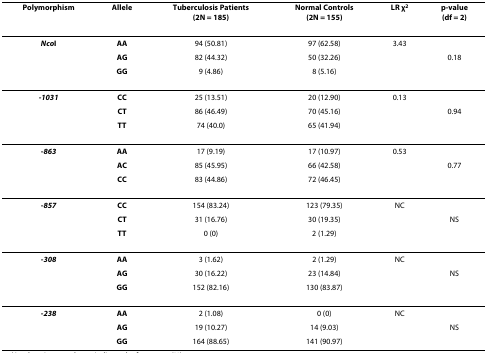
<table><thead><tr><td><b>Polymorphism</b></td><td><b>Allele</b></td><td><b>Tuberculosis Patients(2N = 185)</b></td><td><b>Normal Controls(2N = 155)</b></td><td><b>LR χ<sup>2</sup></b></td><td><b>p-value(df = 2)</b></td></tr></thead><tbody><tr><td><b><i>Nco</i>I</b></td><td><b>AA</b></td><td>94 (50.81)</td><td>97 (62.58)</td><td>3.43</td><td></td></tr><tr><td></td><td><b>AG</b></td><td>82 (44.32)</td><td>50 (32.26)</td><td></td><td>0.18</td></tr><tr><td></td><td><b>GG</b></td><td>9 (4.86)</td><td>8 (5.16)</td><td></td><td></td></tr><tr><td><b><i>-1031</i></b></td><td><b>CC</b></td><td>25 (13.51)</td><td>20 (12.90)</td><td>0.13</td><td></td></tr><tr><td></td><td><b>CT</b></td><td>86 (46.49)</td><td>70 (45.16)</td><td></td><td>0.94</td></tr><tr><td></td><td><b>TT</b></td><td>74 (40.0)</td><td>65 (41.94)</td><td></td><td></td></tr><tr><td><b><i>-863</i></b></td><td><b>AA</b></td><td>17 (9.19)</td><td>17 (10.97)</td><td>0.53</td><td></td></tr><tr><td></td><td><b>AC</b></td><td>85 (45.95)</td><td>66 (42.58)</td><td></td><td>0.77</td></tr><tr><td></td><td><b>CC</b></td><td>83 (44.86)</td><td>72 (46.45)</td><td></td><td></td></tr><tr><td><b><i>-857</i></b></td><td><b>CC</b></td><td>154 (83.24)</td><td>123 (79.35)</td><td>NC</td><td></td></tr><tr><td></td><td><b>CT</b></td><td>31 (16.76)</td><td>30 (19.35)</td><td></td><td>NS</td></tr><tr><td></td><td><b>TT</b></td><td>0 (0)</td><td>2 (1.29)</td><td></td><td></td></tr><tr><td><b><i>-308</i></b></td><td><b>AA</b></td><td>3 (1.62)</td><td>2 (1.29)</td><td>NC</td><td></td></tr><tr><td></td><td><b>AG</b></td><td>30 (16.22)</td><td>23 (14.84)</td><td></td><td>NS</td></tr><tr><td></td><td><b>GG</b></td><td>152 (82.16)</td><td>130 (83.87)</td><td></td><td></td></tr><tr><td><b><i>-238</i></b></td><td><b>AA</b></td><td>2 (1.08)</td><td>0 (0)</td><td>NC</td><td></td></tr><tr><td></td><td><b>AG</b></td><td>19 (10.27)</td><td>14 (9.03)</td><td></td><td>NS</td></tr><tr><td></td><td><b>GG</b></td><td>164 (88.65)</td><td>141 (90.97)</td><td></td><td></td></tr></tbody></table>